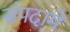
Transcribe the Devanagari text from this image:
संपदामे